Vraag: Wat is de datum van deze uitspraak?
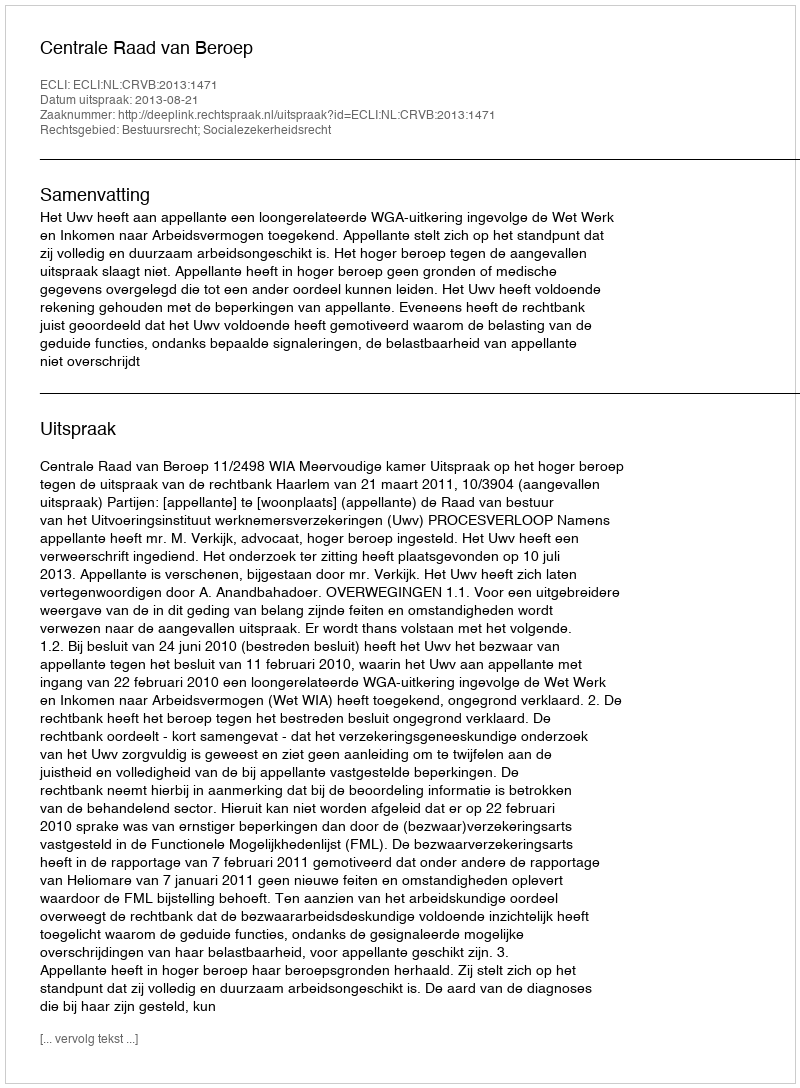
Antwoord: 2013-08-21